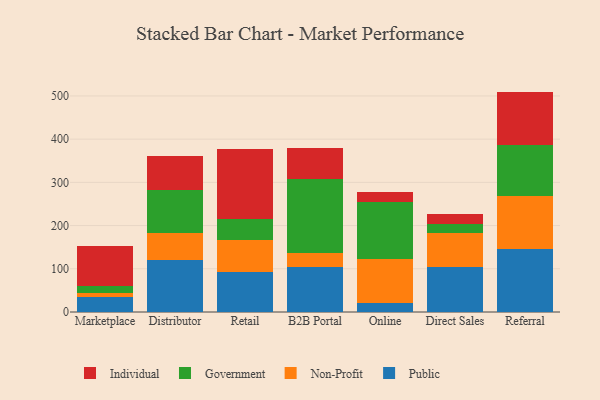
{"axis": {"x": "Channel", "y": "Headcount"}, "legend": ["Government", "Individual", "Non-Profit", "Public"], "data": [{"x": "Marketplace", "y": 34.9, "type": "Public"}, {"x": "Marketplace", "y": 8.7, "type": "Non-Profit"}, {"x": "Marketplace", "y": 15.8, "type": "Government"}, {"x": "Marketplace", "y": 92.5, "type": "Individual"}, {"x": "Distributor", "y": 120.0, "type": "Public"}, {"x": "Distributor", "y": 64.0, "type": "Non-Profit"}, {"x": "Distributor", "y": 98.8, "type": "Government"}, {"x": "Distributor", "y": 77.5, "type": "Individual"}, {"x": "Retail", "y": 92.6, "type": "Public"}, {"x": "Retail", "y": 75.2, "type": "Non-Profit"}, {"x": "Retail", "y": 48.3, "type": "Government"}, {"x": "Retail", "y": 160.2, "type": "Individual"}, {"x": "B2B Portal", "y": 104.1, "type": "Public"}, {"x": "B2B Portal", "y": 31.5, "type": "Non-Profit"}, {"x": "B2B Portal", "y": 171.5, "type": "Government"}, {"x": "B2B Portal", "y": 71.8, "type": "Individual"}, {"x": "Online", "y": 20.8, "type": "Public"}, {"x": "Online", "y": 101.1, "type": "Non-Profit"}, {"x": "Online", "y": 133.0, "type": "Government"}, {"x": "Online", "y": 22.1, "type": "Individual"}, {"x": "Direct Sales", "y": 104.5, "type": "Public"}, {"x": "Direct Sales", "y": 79.3, "type": "Non-Profit"}, {"x": "Direct Sales", "y": 20.9, "type": "Government"}, {"x": "Direct Sales", "y": 22.9, "type": "Individual"}, {"x": "Referral", "y": 145.4, "type": "Public"}, {"x": "Referral", "y": 123.1, "type": "Non-Profit"}, {"x": "Referral", "y": 117.5, "type": "Government"}, {"x": "Referral", "y": 124.1, "type": "Individual"}]}